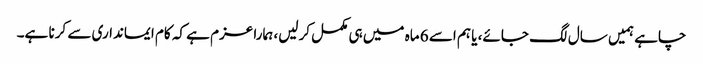
چاہے ہمیں سال لگ جائے، یا ہم اسے 6 ماہ میں ہی مکمل کرلیں، ہمارا عزم ہے کہ کام ایمانداری سے کرنا ہے۔